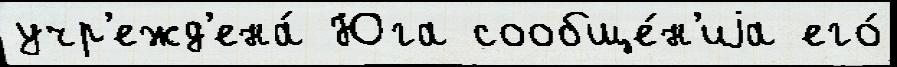
учр'ежд'ена́ Юга сообще́н'иjа его́